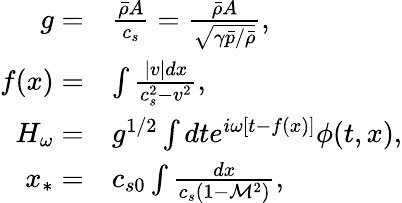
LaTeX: \begin{array}{rl}{g=}&{\frac{\bar{\rho}A}{c_{s}}=\frac{\bar{\rho}A}{\sqrt{\gamma\bar{p}/\bar{\rho}}},}\\ {f(x)=}&{\int\frac{|v|dx}{c_{s}^{2}-v^{2}},}\\ {H_{\omega}=}&{g^{1/2}\int dte^{i\omega[t-f(x)]}\phi(t,x),}\\ {x_{*}=}&{c_{s0}\int\frac{dx}{c_{s}(1-\mathcal{M}^{2})},}\end{array}